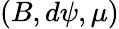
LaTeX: (B,d\psi,\mu)